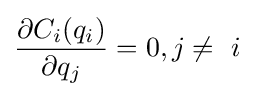
{\frac {\partial C_{i}(q_{i})}{\partial q_{j}}}=0,j\neq \ i